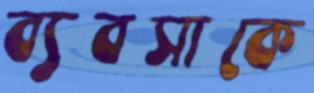
ব্যবসাকে